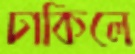
ঢাকিলে